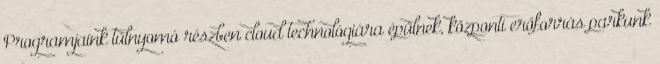
Programjaink túlnyomó részben cloud technológiára épülnek, központi erőforrás parkunk